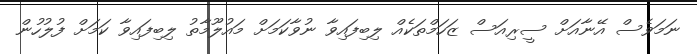
ނަމަވެސް އޭނާއަށް ސީރިއަސް ޒަހަމްތަކެއް ލިބިފައިވާ ނުވާކަމަށް މައުލޫމާތު ލިބިފައިވާ ކަމަށް ފުލުހުން